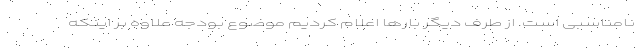
نامناسبی است. از طرف دیگر بارها اعلام کردیم موضوع بودجه علاوه بر اینکه